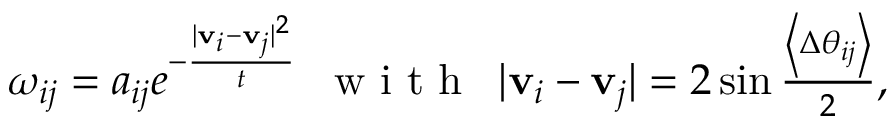
\begin{array} { r } { \omega _ { i j } = a _ { i j } e ^ { - \frac { | \mathbf { v } _ { i } - \mathbf { v } _ { j } | ^ { 2 } } { t } } \, \, \, \mathrm { ~ w ~ i ~ t ~ h ~ } \, \, \, | \mathbf { v } _ { i } - \mathbf { v } _ { j } | = 2 \sin \frac { \left< \Delta \theta _ { i j } \right> } { 2 } , } \end{array}